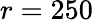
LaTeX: r=250